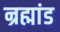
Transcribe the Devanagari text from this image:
न्रह्मांड